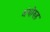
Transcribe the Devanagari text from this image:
अंभोरुह